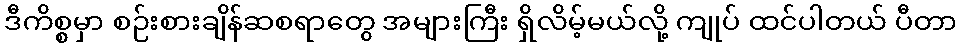
ဒီကိစ္စမှာ စဉ်းစားချိန်ဆစရာတွေ အများကြီး ရှိလိမ့်မယ်လို့ ကျုပ် ထင်ပါတယ် ပီတာ